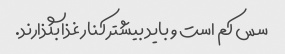
سس کم است و باید بیشتر کنار غذا بگذارند.